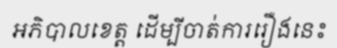
អភិបាលខេត្ត ដើម្បីចាត់ការរឿងនេះ